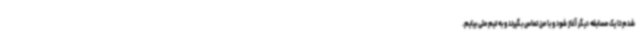
شدم تا یک مسابقه دیگر آغاز شود و با من تماس بگیرند و به تیم ملی بیایم.